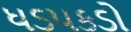
ધડપકડો